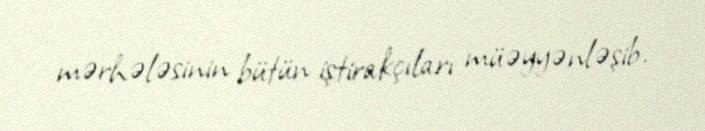
mərhələsinin bütün iştirakçıları müəyyənləşib.